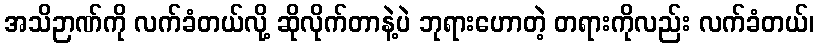
အသိဉာဏ်ကို လက်ခံတယ်လို့ ဆိုလိုက်တာနဲ့ပဲ ဘုရားဟောတဲ့ တရားကိုလည်း လက်ခံတယ်၊